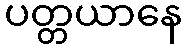
ပတ္တယာနေ